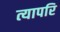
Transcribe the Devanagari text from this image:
त्यापरि